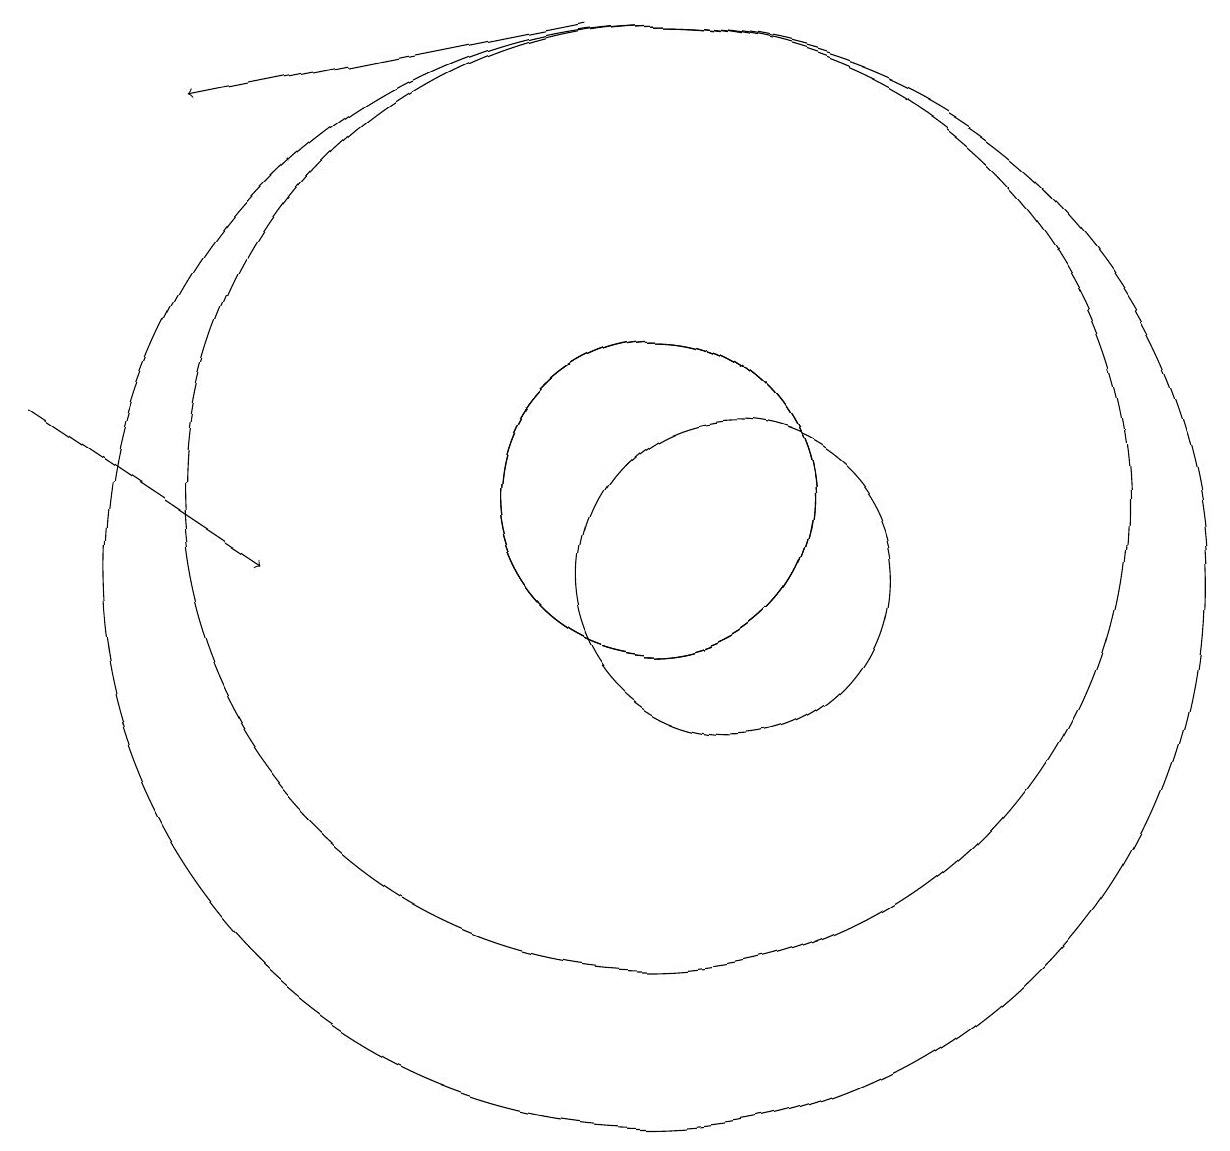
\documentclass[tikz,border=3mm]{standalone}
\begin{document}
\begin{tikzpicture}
\draw (10,11) circle (2);
\draw (10,10) circle (7);
\draw (10,11) circle (6);
\draw[->] (2,12) -- (5,10);
\draw (10,11) circle (2);
\draw[->] (9,17) -- (4,16);
\draw (11,10) circle (2);
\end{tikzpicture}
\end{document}